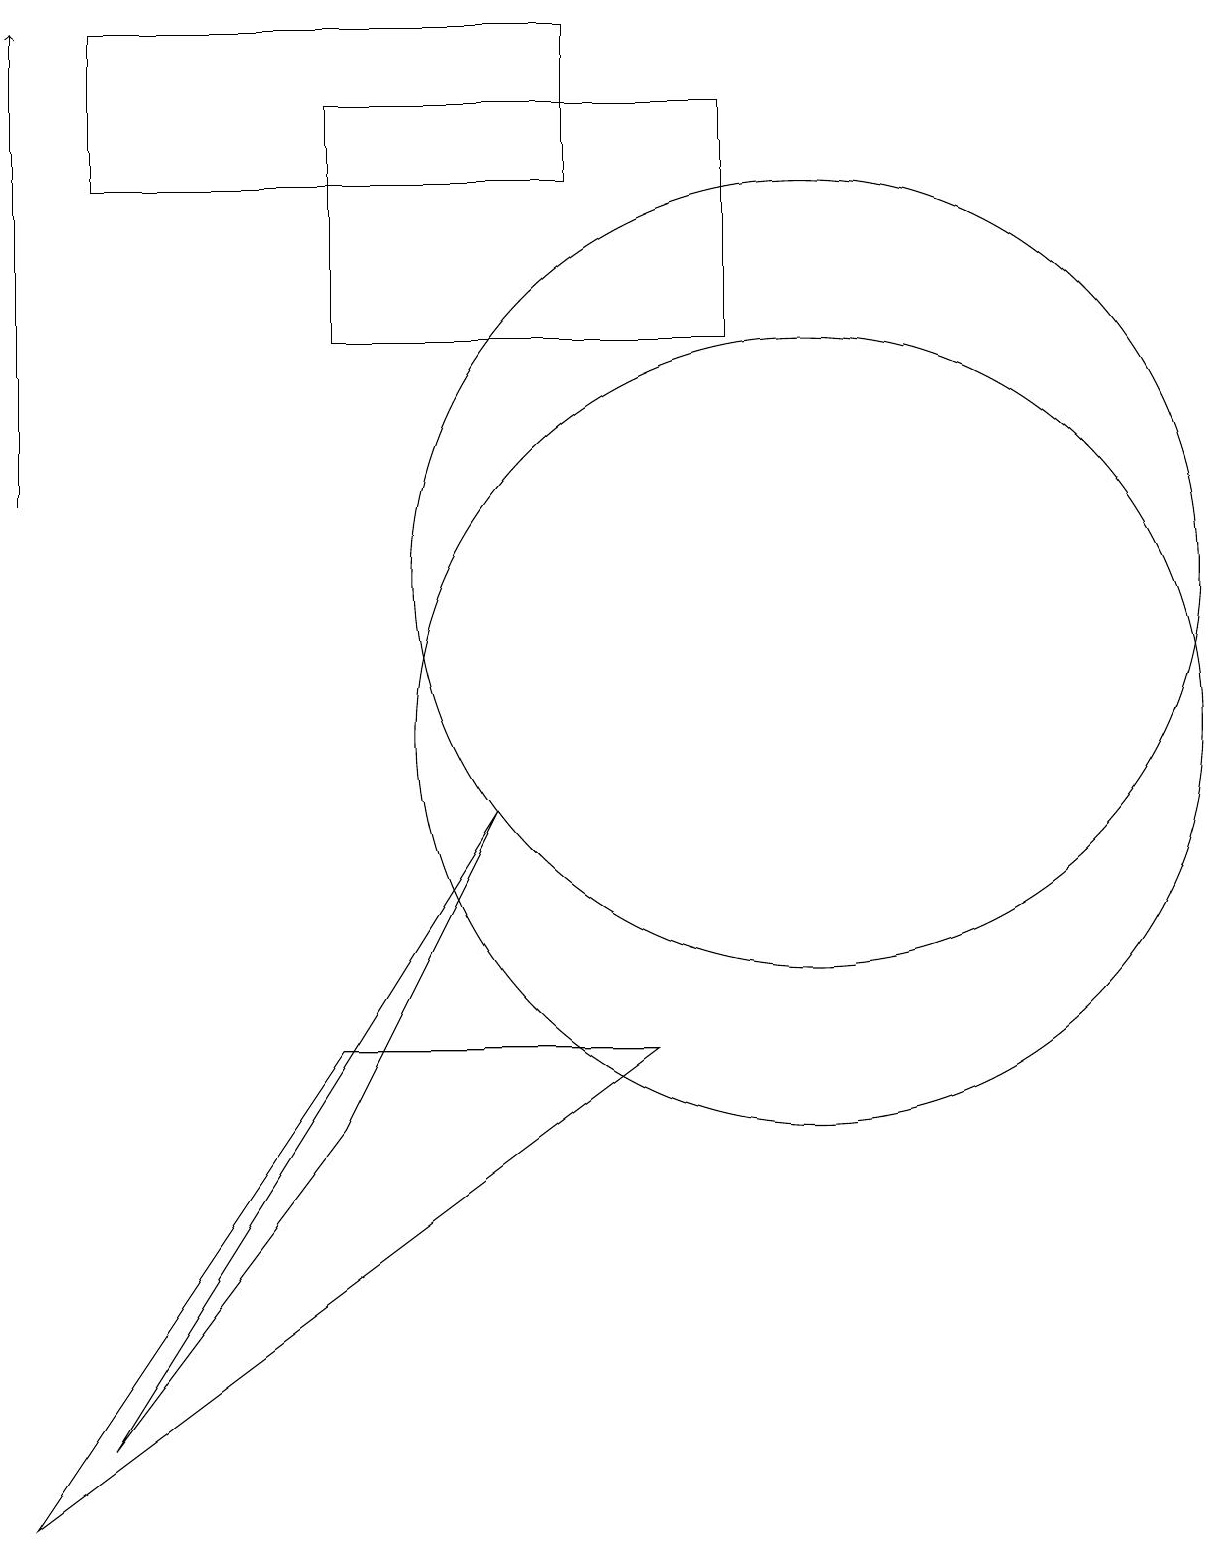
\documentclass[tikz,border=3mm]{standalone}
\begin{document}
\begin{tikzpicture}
\draw (0,0) -- (8,6) -- (4,6) -- cycle;
\draw (10,12) circle (5);
\draw (9,18) rectangle (4,15);
\draw (10,10) circle (5);
\draw[->] (0,13) -- (0,19);
\draw (7,19) rectangle (1,17);
\draw (6,9) -- (1,1) -- (4,5) -- cycle;
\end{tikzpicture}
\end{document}